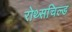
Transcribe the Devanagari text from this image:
रोथ्सचिल्ड